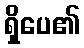
ရှိပေ၏